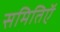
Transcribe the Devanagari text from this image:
समितिऍ